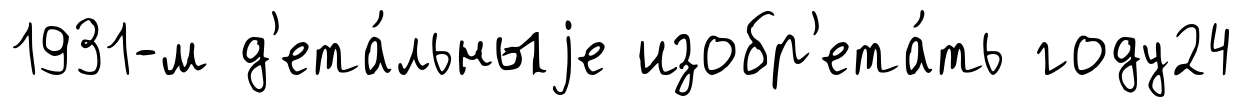
1931-м д'ета́льныjе изобр'ета́ть году24